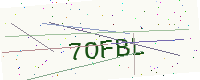
Text: 7OFBL